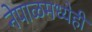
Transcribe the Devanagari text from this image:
नेपाळमध्येही